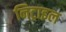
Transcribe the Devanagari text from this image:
निट्राइल